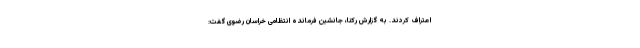
اعتراف کردند. به گزارش رکنا، جانشین فرمانده انتظامی خراسان رضوی گفت: